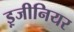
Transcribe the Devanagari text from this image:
इ़जीनियर